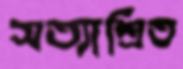
সত্যাশ্রিত